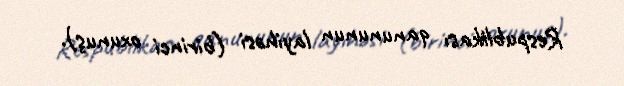
Respublikası qanununun layihəsi (birinci oxunuş).